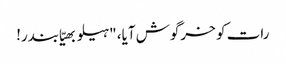
رات کو خرگوش آیا، "ہیلو بھیّا بندر!